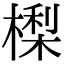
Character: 𣙔